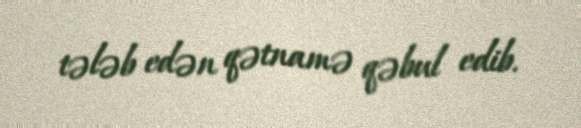
tələb edən qətnamə qəbul edib.